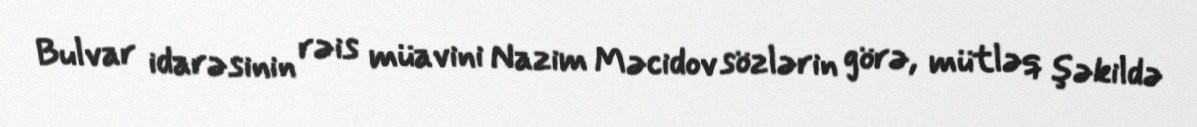
Bulvar idarəsinin rəis müavini Nazim Məcidov sözlərin görə, mütləq şəkildə